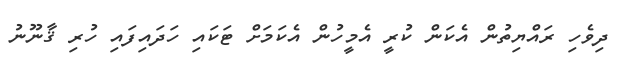
ދިވެހި ރައްޔިތުން އެކަން ކުރީ އެމީހުން އެކަމަށް ޓަކައި ހަދައިފައި ހުރި ޤާނޫނު